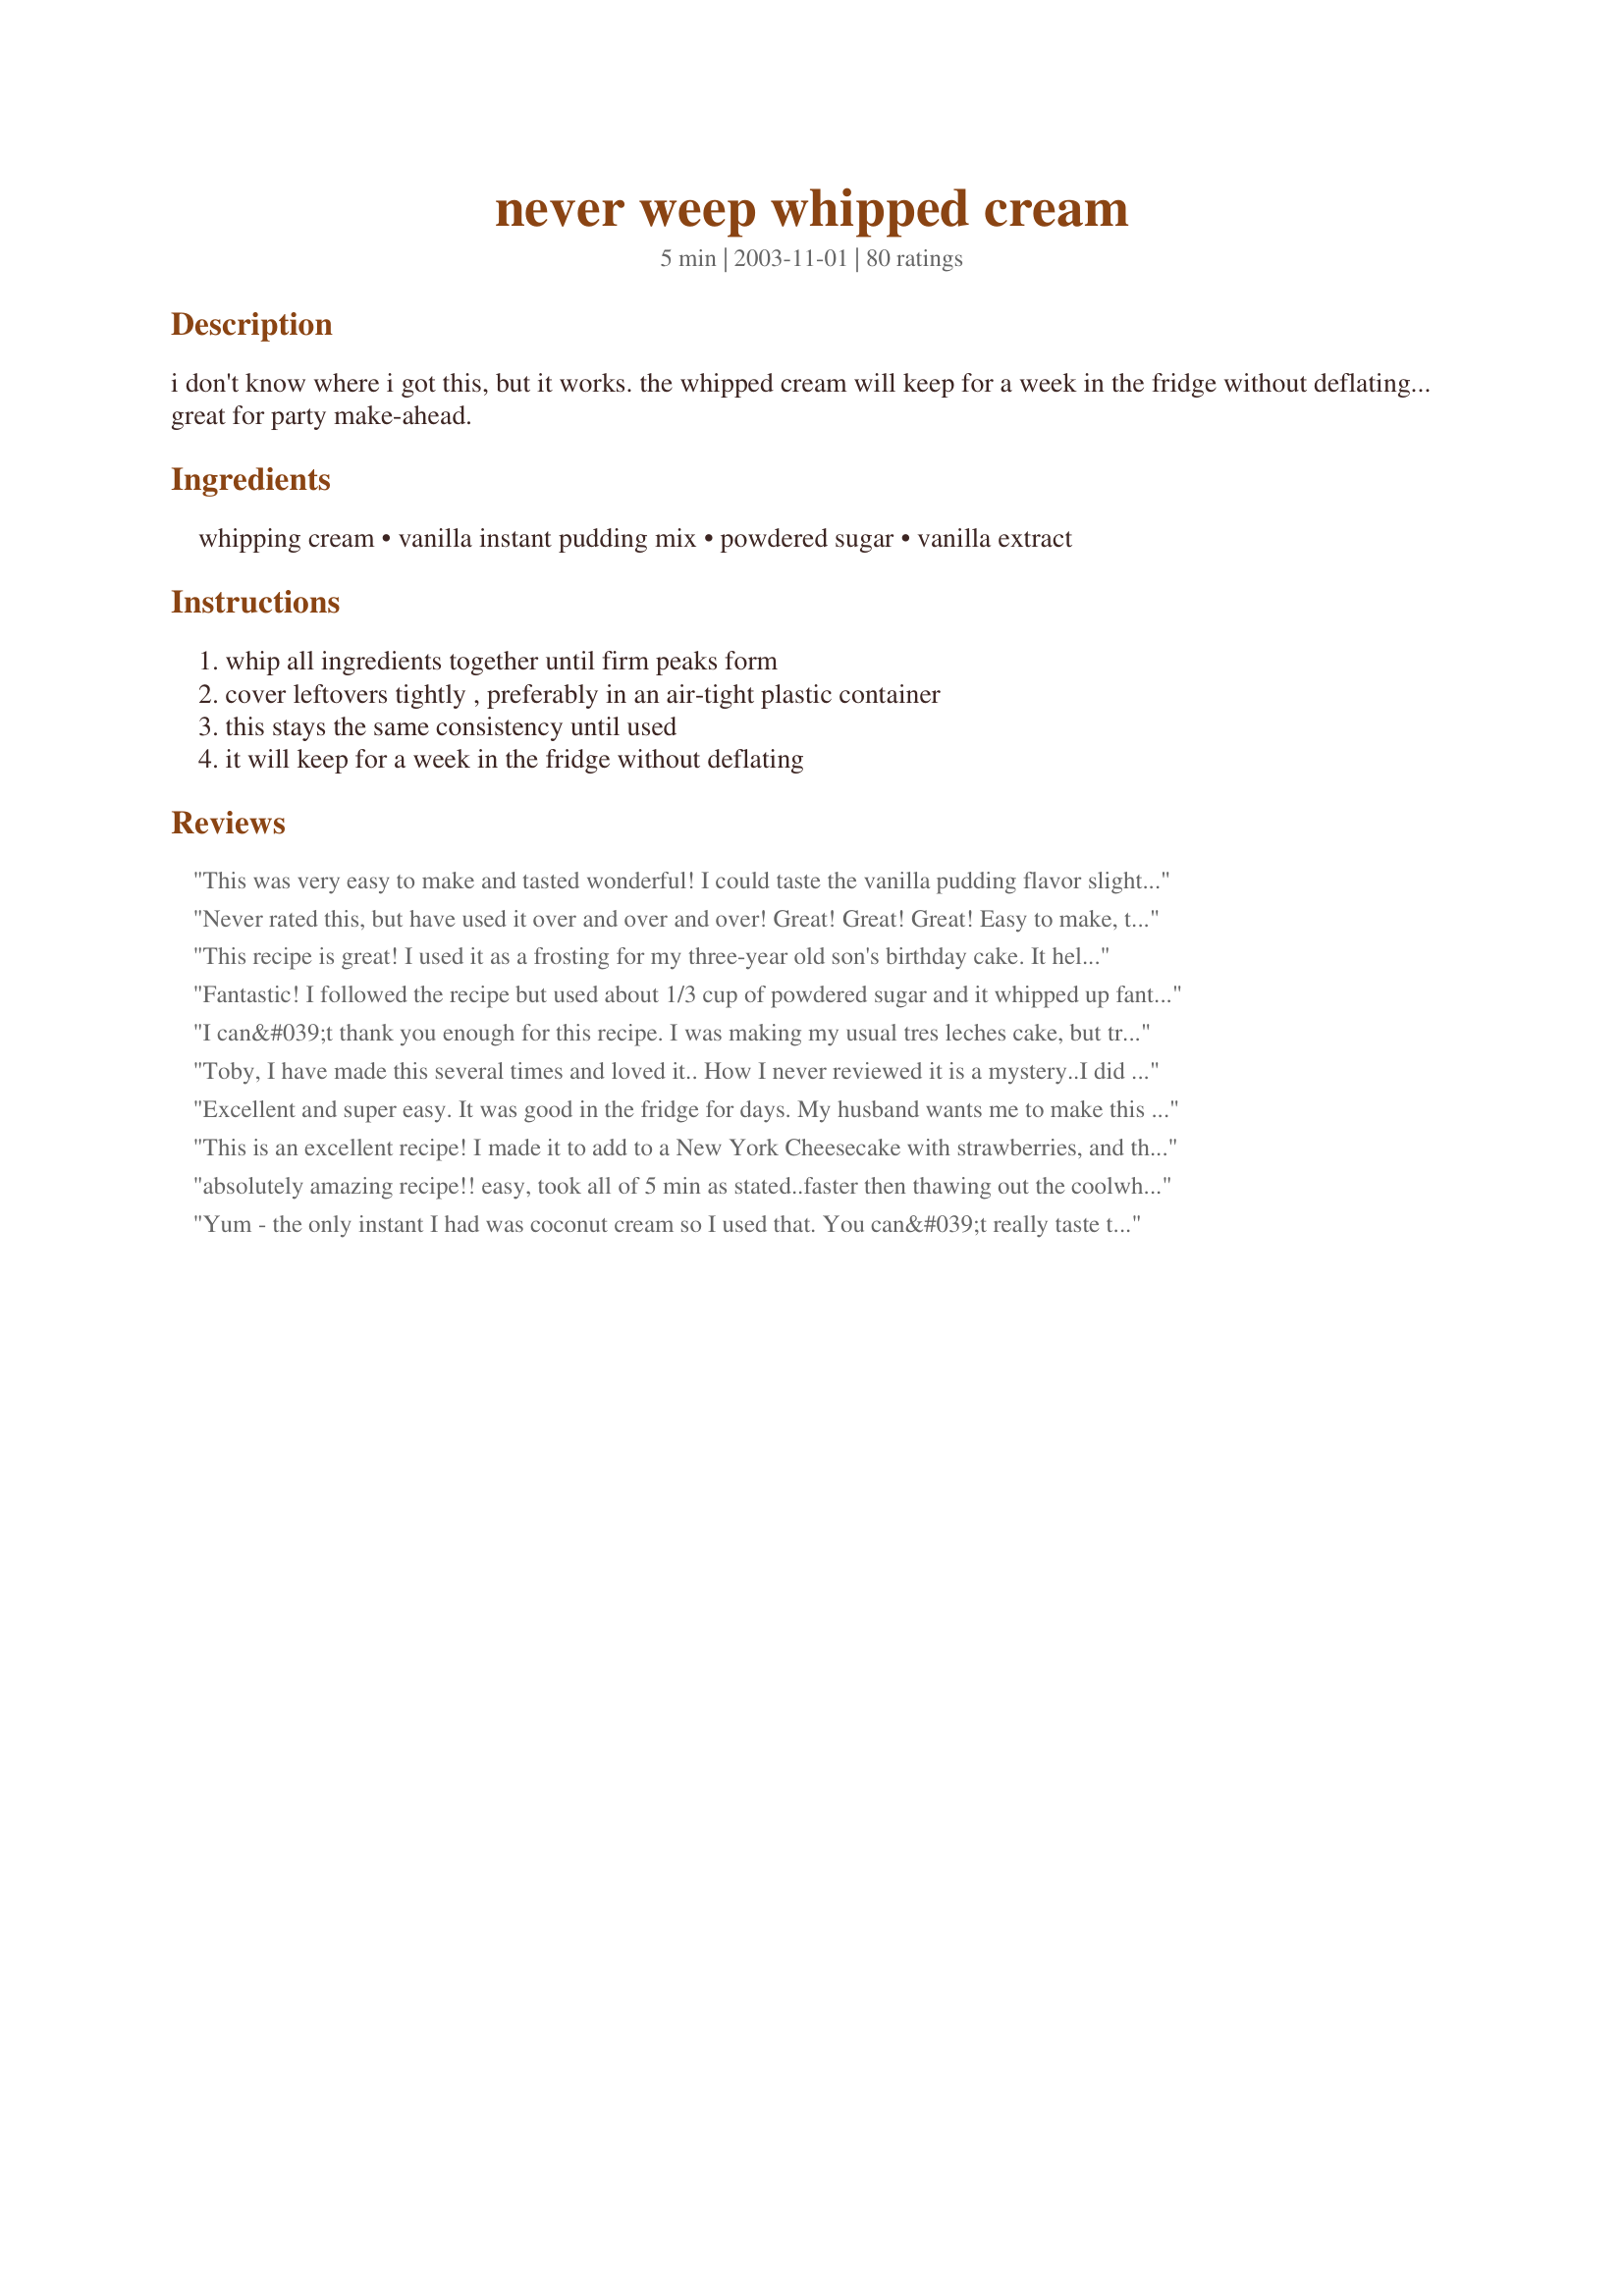
never weep whipped cream
Preparation time: 5 minutes

i don't know where i got this, but it works. the whipped cream will keep for a week in the fridge without deflating... great for party make-ahead.

Ingredients:
whipping cream, vanilla instant pudding mix, powdered sugar, vanilla extract

Steps:
whip all ingredients together until firm peaks form, cover leftovers tightly , preferably in an air-tight plastic container, this stays the same consistency until used, it will keep for a week in the fridge without deflating

Reviews:
This was very easy to make and tasted wonderful! I could taste the vanilla pudding flavor slightly too, which made me wonder if it would be good with strawberry or chocolate pudding mix to give it a slightly different flavor (we may try that next time :). Thanks, Toby - we loved this recipe!!<br/>update: we use 2 T powder sugar and 3/4 t vanilla, and that is the perfect sweetness for us.
Never rated this, but have used it over and over and over! Great! Great! Great! Easy to make, tasty, and versatile. I have used vanilla and banana pudding.
This recipe is great! I used it as a frosting for my three-year old son's birthday cake. It held up wonderfully and tasted great. My father has requested that I make it again this week for his birthday cake.
Fantastic! I followed the recipe but used about 1/3 cup of powdered sugar and it whipped up fantastically. I also followed Pixie's recipe advice in that I chilled the bowl and the beaters in the freezer beforehand. I got it whipped up in about 3-4 minutes using an electric hand beater. I don't know why anyone buys the artificial whip.
I can&#039;t thank you enough for this recipe. I was making my usual tres leches cake, but trying out a new pan, and it was an unmitigated disaster. I had planned on using your recipe to start out with but didnt know that i would need it to save my cake. I did add extra sugar but left everything else the same. It was a breeze to make and really fixed the boo-boos on the cake because it was able to cover everything so well. five stars and then some. Peggy Lynn
Toby, I have made this several times and loved it.. How I never reviewed it is a mystery..I did use a little more sugar. The taste and texture could not be better, and yes it did keep for a week .. Thanks for sharing.
Excellent and super easy. It was good in the fridge for days. My husband wants me to make this all the time for him now. Thanks!
This is an excellent recipe! I made it to add to a New York Cheesecake with strawberries, and the consistency is amazing! It's thick, rich, and delicious! Thank you!
absolutely amazing recipe!! easy, took all of 5 min as stated..faster then thawing out the coolwhip!! made home made angel food cake (charlotte j) and mixed some of the whipped cream with blueberries and strawberries for the middle of cake (split in 2) then frosted the cake with remainder, excellent thanks for converting this coolwhip gal!!
Yum - the only instant I had was coconut cream so I used that. You can&#039;t really taste the coconut - just get a flake of coconut once in awhile. I did add a little extra sugar to make it sweeter. I don&#039;t know about it lasting a week - mine will be gone long before the week is up, but what an awesome idea. Also want to try to freeze some to keep on hand, but will have to do that next time.
This was great, and so easy!
works like a charm! I used 1/2 of the pudding mix called for, and it still stayed stiff and fluffy for days. Perfect for topping banana cream or coconut cream pies. Thank you!
This is wonderful! I used 2 tablespoons of powdered sugar, and it was just the right amount of sweetness for us. This holds up beautifully. Thanks for posting!
Love this! This is amazing! I use it when I make cream puffs and it turns out beautifully. I use sugar free pudding and it holds its shape for at least 3 days as a filling in the fridge...it could be longer but it doesn't last long enough to find out! I double the recipe, and it's enough to fill 8-9 LARGE cream puffs. I do add 4 tsps of powdered sugar to the doubled recipe for a little sweeter taste and more stability. Make sure that you use pure heavy cream, I have found it doesn't whip up as nice if there is other things added to the cream.
Tried this and it worked perfectly. Will use this regularly. Thanks.
Great recipe- I would definitely add more sugar. I used white chocolate pudding mix instead, and the hint of white chocolate was perfect!!
Delicious! I ate almost all of it myself with some jumbo strawberries and bananas!! It was wonderful! Thank you for a great recipe!
Easy to make, delicious and holds up well!
Made this for my Pumpkin Spice Lattes and it was awesome!! Used and kept for almost 2 weeks with no weep and taste was still perfect!!!
This was my 1st (and 2nd) attempts at making homemade whipped cream for Thanksgiving & it was yummy. Like others, I too used a little more powdered sugar. My only piece of advice to others making whipped topping for the 1st time is to be careful not to OVERWHIP. I whipped my 1st batch too long & it ended up the consistency of whipped butter. (My error). However, the 2nd batch was perfect. Thanks for posting Toby.
I've used this for years, but never reviewed it. I just made an account specifically to rate this! I've used it with so many flavors of pudding! I do increase the powdered sugar to 2T, but the rest is the same. I've kept this in the fridge for a long time. I've even frozen cupcakes with this frosting, and they thawed perfectly and tasted just the same. Wonderful!!!
Perfect!!!
Absolutely delicious and delivers on its "never weep" promise. I've made it regular and also tried it sweetened with a few drops of stevia instead of sugar to keep it a bit more diet friendly.

Never going back to Cool Whip! So delicious and fast.
I used this for my Banana Cream Pie, and this worked beautifully! I will be using this from now on. Thank you for sharing, Toby! :-)
I tried it and this was great!! I used a limited edition Pumpkin Spice jello. Delish! I too doubled the powdered sugar. I used my "cool whip" as a filling for mousse. Very good. Thanks for sharing!!
Fabulous!! I used rum flavour instead of the vanilla, it turned out GREAT. I seved the whipped cream with #71892 Gingerbread Cake. I will be using this recipe again!!
This is a wonderful, easy recipe. I've used it many times and it never fails. I use a lot more powered sugar than Toby uses. It freezes extremely well. I 've tried it on several recipes. I made lemon coconut tartlets (picture) topped with this cream. I made a large batch, put them in the freezer and took them out in time for the party. They came out like I put them in. Thanks Toby!
Wow! This whipped cream lasted on my cream pie, unrefrigerated, at a potluck for hours! It was a hit! Super professional looking, too!
This was fabulous! I used it with some almond pound cake and strawberries! My husband (who is usually the person that makes the whipped cream) LOVED it. Thanks for making me look goooood!
This was great! I've never had homemade whipped cream before, and this was just divine!
Cool! What a great trick---It's delicious and convenient. Made my whipped cream 24 hours before my dinner party and it was delicious. I used 2 tsp powdered sugar.
Excellent taste and it keeps forever in the fridge.This is the perfect whipped cream
I am so glad i found this recipe!!! I love making cupcakes but i find butter cream to sweet. this was delicious and perfect for piping. Will be using this again and again!!!! Thank you
Perfect! I had some chocolate covered strawberries, a pint of whipping cream, and some French Vanilla instant pudding mix so I decided to whip this up. Divine! The texture and taste is so light and airy, but incredibly savory! I'd love to make this again and again- I may never buy another canister of whipped cream. :D
I don't know why this works, but it sure does!
I used it in a trifle and it held up beautifully. Great substitute for cool whip. Thanks, Toby, you've done it again!
Yummy. Easy. Enough Said.
Very easy process and quite tasty! Made for Pavlova recipe #230228 that my son needs to take in for international day at school tomorrow. We'll see how this whip cream holds up :o) Should be consumed approx. 1 hour after he gets in without any refridgeration except for the chilly fall air. Will post results.
perfect perfect perfect!
Perfect!!
Delicious whipped cream! I used this lovely whipped cream on a cake. Sadly I can't really review how well it held up because we gobbled that cake up quick! Thanks :)
I've made this several times now and it always turns out great. I used it on a banana cream pie for Thanksgiving and it help up even after being left out of the fridge for about 7 hours. Thanks for a great recipe!
This whipped cream is unbelievable!!!! I've never made my own before so was a little nervous about it but it turned out great! Used it to frost Karen's recipe #23480. The only change I would make next time would be to add more sugar. Since there was a little bit left, I stored it in the refrigerator and tasted it a week later and it was just as nice then as it was when first made. Wow! I'm so impressed with this and no longer scared of whipped cream. Thanks so much, Toby Jermain!
Super easy and good! I used 3 TBL of powdered sugar (I like it sweet) and I didn't have vanilla instant pudding but I had cheesecake instant pudding so I used that. Wonderful! Thank you for an easy and quick recipe!
Oh so good!!! Even better, faster and easier to make than expected! I used powdered stevia instead of sugar. Licked the bowl clean :)
This is absolutely amazing! I love the taste of real whipped cream and not the fake kind used by bakeries of grocery stores. However, whipped cream is normally impossible to decorate with but not with this recipe. I was able to decorate my daughter's baptism cake with it and even used the air brush technique and it took well. The cake sat on display at an indoor reception in August without deflating, weeping, melting, whatever. The clouds stayed puffy, the colors stayed put, and it tasted great still. Whipped cream always tastes better chilled so I actually made a second sheet cake to keep in the fridge and served that while I returned the decorated one back in the fridge. We actually ended up not having to serve that one but we sure did enjoy it later that day an it still looked beautiful after all that displaying and transferring. This will be my go-to whipped cream topping from now on!!! I did double the sugar because I wanted it hjust a tad sweeter and that ended up just right for me. THANKS for posting!
Two soul mates lost and separated by a few recipes...recipe #398053 and recipe #74805.
Fabulous recipe! I have made it so often that I don't need to look at it anymore! I just whip up some cream, add a spoonful or two of pudding mix and powdered sugar to taste. It is really great on anything you can think of. Lately we like it on shortcakes. It was also wonderful in a Victoria Sponge. Because it doesn't break down, I can make the cakes the night before, and they are still terrific the next day- even a bit better. Thanks for sharing!
OH MY!!!!!!!...Just bought 4 pounds of fresh strawberries....I made this and said to myself...Where has this recipe been all of my life....AMAZING....Thank you so much Toby for a winner here.....<br/>The paring of this with fruit.... cake... oh even fingers...... has me excited for sure..............Thank You!.......... Thank You............
This whipped cream recipe is most excellent!<br/><br/>I get requests for the recipe all the time, especially when I bring it into work!
Fabulous. Thanks for Sharing
i love this recipe its easy great and it keeps it shape so if u forget u made it itll be good for some time
I've been making this for so long I never realized I never reviewed. This is great stuff! I made it sugar-free for my mom who was dying for whipped cream. I was able to make the powdered sugar with splenda, powdered milk and cornstarch processed together. Thanks for this great recipe which I am already using over and over!
Great recipe! I used this on Banana Cream Pie
Recipe #65401 and it was perfect. The only change I made was I used 2 tablespoons of dry banana cream pudding mix to give it a little extra flavor. Thanks for sharing!
This turned out fabulous! It's been in my fridge for a few days and still tastes and looks wonderful. I served it with Amanda's Cheese Pound Cake and strawberries. DELICIOUS!
I made this to directions and it was great. My sister who does not like whipped Cream even liked it for it was not to sweet at all. I used it on our Pumpkin Pie and then in some Hot Chocolate so that I could use it up. It lasted almost a week before it was all gone.
As a whipped cream finatic, I love, love, love this recipe! I can always have it on hand in the fridge and it tastes great!
Used this is Recipe #16028 and it worked wonderfully well. Absolutely held up for a couple of days. This is my new "go-to" recipe. I've made the stabilized whipped cream with gelatin that I haven't been able to get right, but you just can't mess this one up. Thanks for sharing!
This is a great recipe for whipped cream and is so easy to make :) I used french vanilla pudding mix for a little extra vanilla taste. Thanks for sharing this Toby. Five stars and two thumbs up for this one :)
This really delivers on its promise! My pie was in the fridge for almost two weeks with no weeping! I would add more sugar to mine the next time, but other than that this is an awesome recipe! Thanks for posting!
I think the pudding really adds to it. This was my first time making whipped cream, and I couldn't be any happier with the outcome. This will be my go to recipe from now on.
I messed up, so will leave comments only. For some reason I only bought a half pint of whipped cream, thinking it was a pint, and I didn't realize my mistake until I was mixing everything and it became super thick! So I added some 2% milk and continued to whip until it was a nice consistency. So, it wasn't exactly whipped cream, BUT it was yummy and light. So if anyone wants a lower calorie version of this, substitute milk for some of it and it will work. I served with Recipe #79394 and some strawberries. Yum!
The taste of the whipped cream was delicious. I used it to frost a guava cake for my husband's birthday.
OH MY! 5 stars IS NOT ENOUGH! This whipped cream is beyond delicious! Perfect flavor and the best of all --- SO EASY! LOVE LOVE LOVE IT! Did I mention I could eat it with a spoon! NEVER AGAIN will I use COOLWHIP! Thank you for a WONDERFUL recipe!
Wonderful. We didn't have vanilla instant pudding, but we did have a candy cane flavored instant pudding. We used that, and it came out FANTASTIC! A nice peppermint flavor on top of our chocolate pudding. YUM! Thank you so much for this recipe, I'm going to be experimenting with all sorts of flavors now!
Love this recipe!! So yummy!!!
I usually cut this recipe in half and increase the powdered sugar to 2-3 Tbs for sweet whipped cream. It works wonderfully and tastes amazing. Even my better half, who isn&#039;t a fan of whipped cream, was eating this by the spoonfull. I tend to keep the leftover whipped cream in a piping bag, with the tip on it, standing in a glass in the fridge and it definately kept for at least a week (before I just threw in the towel and finished it off myself).
I made this to dip strawberries in and it tastes amazing, I will use this again!
THIS HAS GOT TO BE HANDS DOWN THE BEST WHIPPED CREAM ME AND MY ENTIRE FAMILY HAVE EVER EATEN AND WILL EVER HAVE IN OUR LIVES!! ok, I know that was a bit dramatic, but you don't understand how spectacular this was. I made a gingerbread waffle batter then blessed the top with some melted Nutela, topped it with a scoop of Ben & Jerry's chunky monkey ice cream then finished it off with this whipped cream of love and let some powdered sugar snow atop it all and this was the best desert in the planet! I added an extra tablespoon of the dry pudding and I mixed it with an electric mixer on high and it was the fluffiest little cloud of love..
I grew up in a old fashioned Italian family where all things buttercream were disliked. This whipped cream would make my grandma proud! I iced a white almond sour cream cake with this...pure heaven! Thank you so much for this fabulous recipe!
made 1/2 batch using whit chocolate pudding...YUM-O!!!!
Wonderful! All I had was sugar free vanilla pudding, I used a heaping teaspoonful to a 1/2 pint of heavy cream. Perfection. I can't wait to try it in cream puffs.
Excellent!!! Easy peasy, and delicious! Family said no more Cool Whip or Reddi Whip in this home. We liked two tsp. of powdered sugar, might go for three tsp. next time just cause.
Thanks, Toby!
What can I say, this recipe is awesome. I put this on a pie for Thanksgiving, and four days later the whipped cream still hadn't weeped. I'll never make whipped cream without the added vanilla pudding ever mix again!
Topped Key Lime Pie #41575 with this whipped cream, then used it the next night as a fruit dip for a party. It was well received everywhere.
Note: I used sugar-free vanilla instant pudding mix, and it was fine, but I think the vanilla flavor would've been even better if it *wasn't* sugar-free. Next time. And there will be a next time!
This worked quite well, as I prefer to prepare everything I can ahead of time when I am having guests and never enjoy having to whip cream at the last minute to serve with dessert. I don't think you could pass it off as simple freshly-whipped cream, but it made a very nice topping. I used French vanilla pudding mix and didn't add any more sugar than called for, since I was serving it with a very rich, sweet dessert (Recipe #199902) and thought the cream was plenty sweet anyway. (There seems to be a lot of recipes out there that call for Cool Whip as an ingredient, as well as a lot of people who don't like to use it. I think (as long as you aren't also opposed to using pudding mix) that this would be a great alternative to Cool Whip in those recipes.) Thanks for posting!
This is a great recipe! I used it over the holidays and the it never once let me down. I've used the leftovers in my coffee! A great treat.
Wish I could give this more stars. I hate deflated whipped cream, but don't often have the time to add it at the last minute. So easy too.
It works! Needs some extra flavor though. Thanks!
This is amazing. It has been in my refrigerator for 2 days and absolutely no change in consistency or taste. This is exactly what I had been searching for. I, too, added just a tad more sugar. Definitely try this recipe, I will never make whipped cream again the regular old-fashioned way. I have it sitting on my counter on a cupcake right now to see how it holds up for display at a shower. Thank you for sharing.
Great recipe! Never thought of using vanilla pudding. Made this to top recipe #57679 and it was perfect. Didn't add any additional sugar as others have because the pie was sweet to begin with. Made in the KA gradually increasing the speed to 8, then it took 3 mins from there. Thanks Toby for a recipe I will use for years to come!
